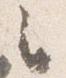
々